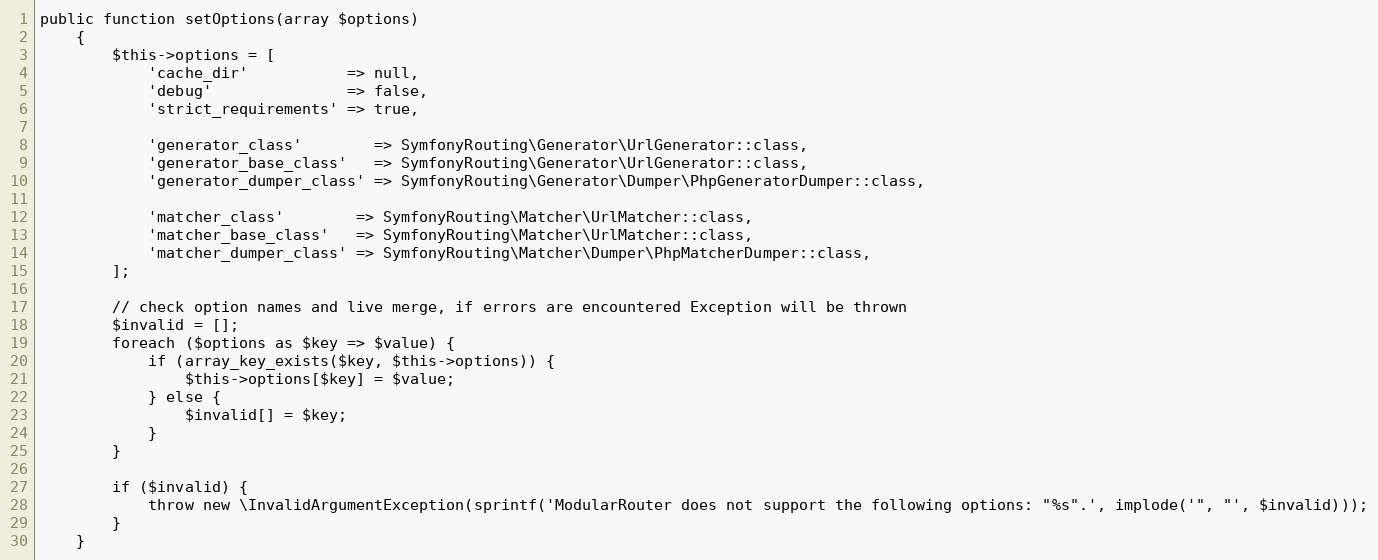
Language: PHP
public function setOptions(array $options)
    {
        $this->options = [
            'cache_dir'           => null,
            'debug'               => false,
            'strict_requirements' => true,

            'generator_class'        => SymfonyRouting\Generator\UrlGenerator::class,
            'generator_base_class'   => SymfonyRouting\Generator\UrlGenerator::class,
            'generator_dumper_class' => SymfonyRouting\Generator\Dumper\PhpGeneratorDumper::class,

            'matcher_class'        => SymfonyRouting\Matcher\UrlMatcher::class,
            'matcher_base_class'   => SymfonyRouting\Matcher\UrlMatcher::class,
            'matcher_dumper_class' => SymfonyRouting\Matcher\Dumper\PhpMatcherDumper::class,
        ];

        // check option names and live merge, if errors are encountered Exception will be thrown
        $invalid = [];
        foreach ($options as $key => $value) {
            if (array_key_exists($key, $this->options)) {
                $this->options[$key] = $value;
            } else {
                $invalid[] = $key;
            }
        }

        if ($invalid) {
            throw new \InvalidArgumentException(sprintf('ModularRouter does not support the following options: "%s".', implode('", "', $invalid)));
        }
    }